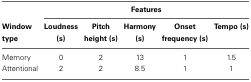
<table><thead><tr><td></td><td colspan="5"><b>Features</b></td></tr><tr><td><b>Window type</b></td><td><b>Loudness (s)</b></td><td><b>Pitch height (s)</b></td><td><b>Harmony (s)</b></td><td><b>Onset frequency (s)</b></td><td><b>Tempo (s)</b></td></tr></thead><tbody><tr><td>Memory</td><td>0</td><td>2</td><td>13</td><td>1</td><td>1.5</td></tr><tr><td>Attentional</td><td>2</td><td>2</td><td>8.5</td><td>1</td><td>1</td></tr></tbody></table>